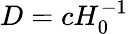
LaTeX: D=cH_{0}^{-1}